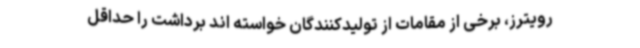
رویترز، برخی از مقامات از تولیدکنندگان خواسته اند برداشت را حداقل